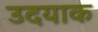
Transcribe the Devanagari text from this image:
उदयाक